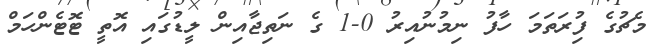
މެޗުގެ ފުިރަތަމަ ހާފު ނިމުނުއިރު 0-1 ގެ ނަތިޖާއިން ލީޑުގައި އޮތީ ޓޮޓެންހަމް